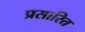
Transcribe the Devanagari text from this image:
प्रसारित